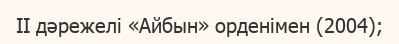
II дәрежелі «Айбын» орденімен (2004);